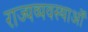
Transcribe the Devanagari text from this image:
राज्यव्यवस्थाओं